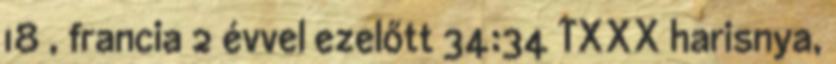
18 , francia 2 évvel ezelőtt 34:34 TXXX harisnya,